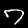
Digit: 7